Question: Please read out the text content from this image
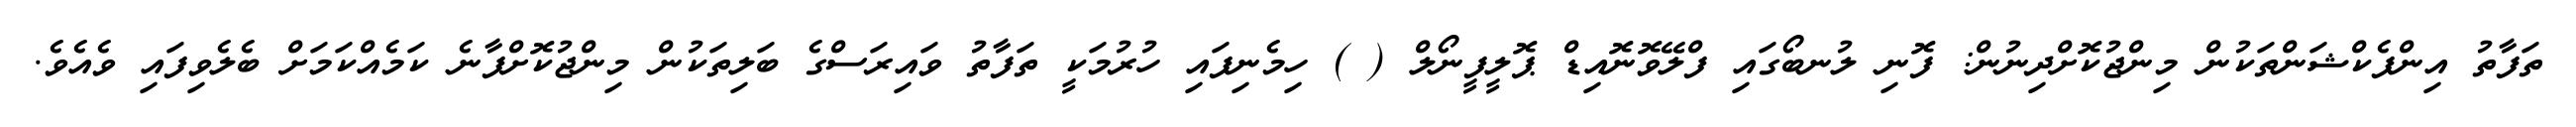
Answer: ތަފާތު އިންފެކްޝަންތަކުން މިންޖުކޮށްދިނުން: ފޮނި ލުނބޯގައި ފްލޭވޮނޮއިޑް ޕޮލީފީނޯލް ( ) ހިމެނިފައި ހުރުމަކީ ތަފާތު ވައިރަސްގެ ބަލިތަކުން މިންޖުކޮށްފާނެ ކަމެއްކަމަށް ބެލެވިފައި ވެއެވެ.